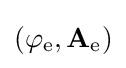
(\varphi _{\mathrm {e} },\mathbf {A} _{\mathrm {e} })